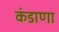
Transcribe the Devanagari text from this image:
कंडाणा